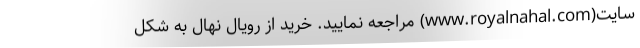
سایت(www.royalnahal.com) مراجعه نمایید. خرید از رویال نهال به شکل